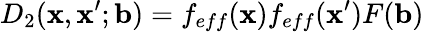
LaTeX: D_{2}(\mathbf{x},\mathbf{x}^{\prime};{\mathbf{b}})=f_{eff}(\mathbf{x})f_{eff}(\mathbf{x}^{\prime})F({\mathbf{b}})